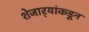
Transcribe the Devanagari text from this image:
शेजार्‍यांकडून